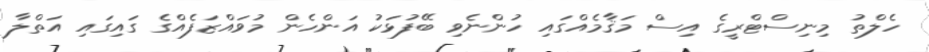
ހެލްތު މިނިސްޓްރީގެ އިސް މަޤާމެއްގައި ހުންނެވި ބޭފުޅަކު އަންހެން މުވައްޒަފެއްގެ ގައިގައި އަތްލާ